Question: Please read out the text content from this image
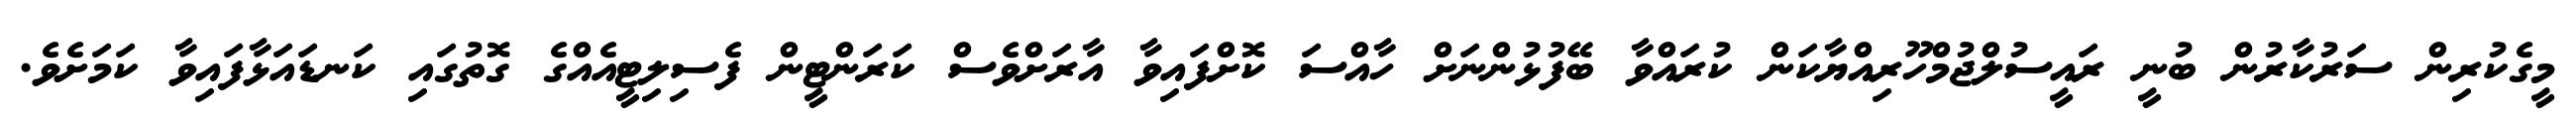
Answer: މީގެކުރިން ސަރުކާރުން ބުނީ ރައީސުލްޖުމްހޫރިއްޔާކަން ކުރައްވާ ބޭފުޅުންނަށް ހާއްސަ ކޮށްފައިވާ އާރަށްވެސް ކަރަންޓީން ފެސިލިޓީއެއްގެ ގޮތުގައި ކަނޑައަޅާފައިވާ ކަމަށެވެ.